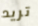
تريد